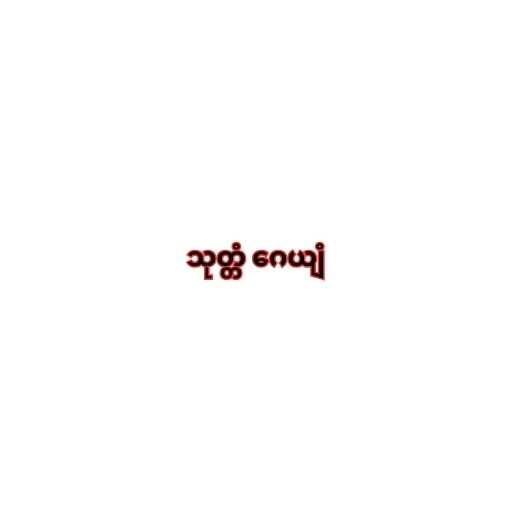
သုတ္တံ ဂေယျံ